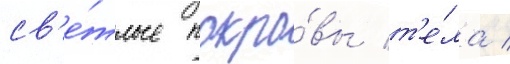
св'е́тлые покро́вы т'е́ла /